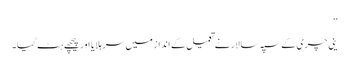
‘‘
ینی چری کے سپہ سالار نے تعمیل کے انداز میں سر ہلایا اور پیچھے ہٹ گیا۔